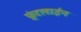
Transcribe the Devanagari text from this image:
फ़्रंटलाईन